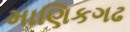
માણિકગઢ